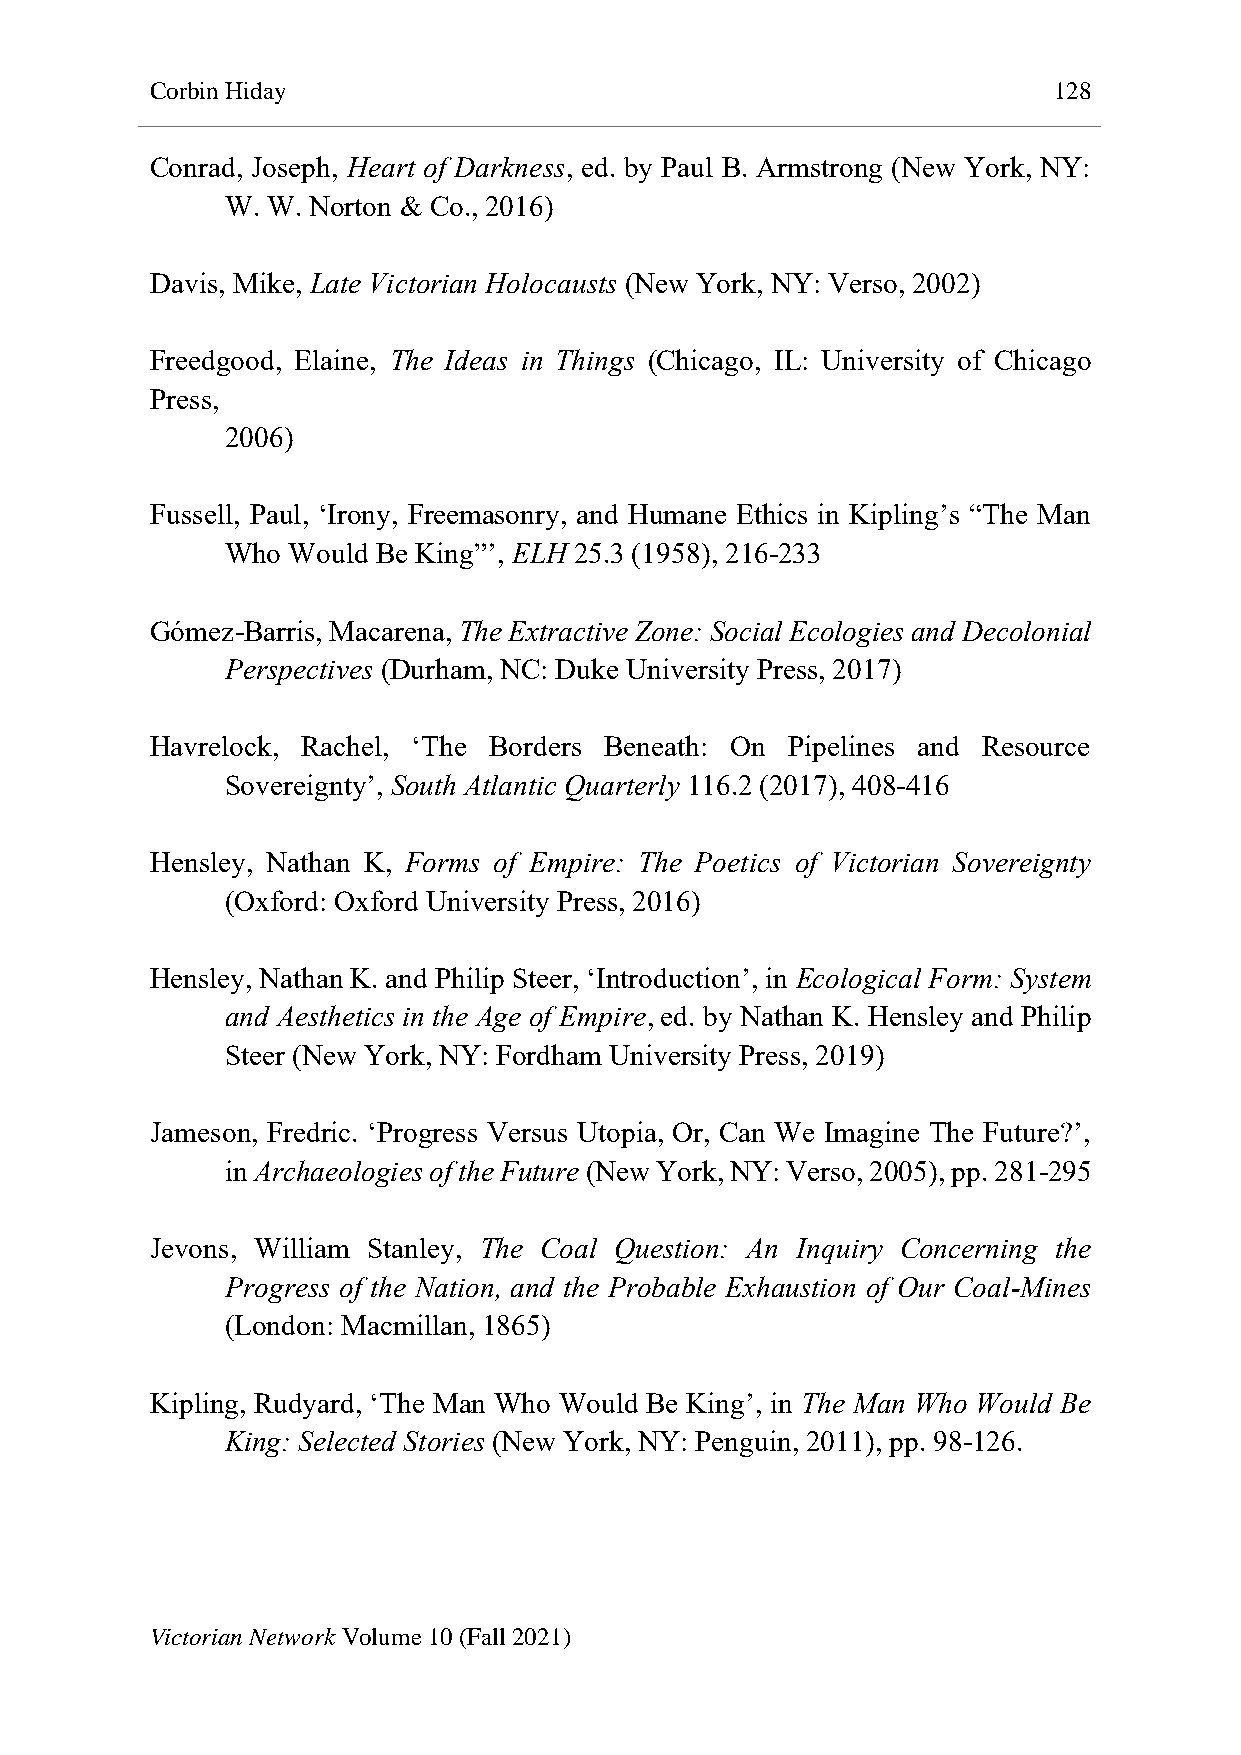
Corbin Hiday                                                128
 Conrad, Joseph, Heart of Darkness, ed. by Paul B. Armstrong (New York, NY:
 W. W. Norton & Co., 2016)
 Davis, Mike, Late Victorian Holocausts (New York, NY: Verso, 2002)
 Freedgood, Elaine, The Ideas in Things (Chicago, IL: University of Chicago
 Press,
 2006)
 Fussell, Paul, ‘Irony, Freemasonry, and Humane Ethics in Kipling’s “The Man
 Who Would Be King”’, ELH 25.3 (1958), 216-233
 Gómez-Barris, Macarena, The Extractive Zone: Social Ecologies and Decolonial
 Perspectives (Durham, NC: Duke University Press, 2017)
 Havrelock, Rachel, ‘The Borders Beneath: On Pipelines and Resource
 Sovereignty’, South Atlantic Quarterly 116.2 (2017), 408-416
 Hensley, Nathan K, Forms of Empire: The Poetics of Victorian Sovereignty
 (Oxford: Oxford University Press, 2016)
 Hensley, Nathan K. and Philip Steer, ‘Introduction’, in Ecological Form: System
 and Aesthetics in the Age of Empire, ed. by Nathan K. Hensley and Philip
 Steer (New York, NY: Fordham University Press, 2019)
 Jameson, Fredric. ‘Progress Versus Utopia, Or, Can We Imagine The Future?’,
 in Archaeologies of the Future (New York, NY: Verso, 2005), pp. 281-295
 Jevons, William Stanley, The Coal Question: An Inquiry Concerning the
 Progress of the Nation, and the Probable Exhaustion of Our Coal-Mines
 (London: Macmillan, 1865)
 Kipling, Rudyard, ‘The Man Who Would Be King’, in The Man Who Would Be
 King: Selected Stories (New York, NY: Penguin, 2011), pp. 98-126.
 Victorian Network Volume 10 (Fall 2021)